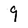
Character: 9